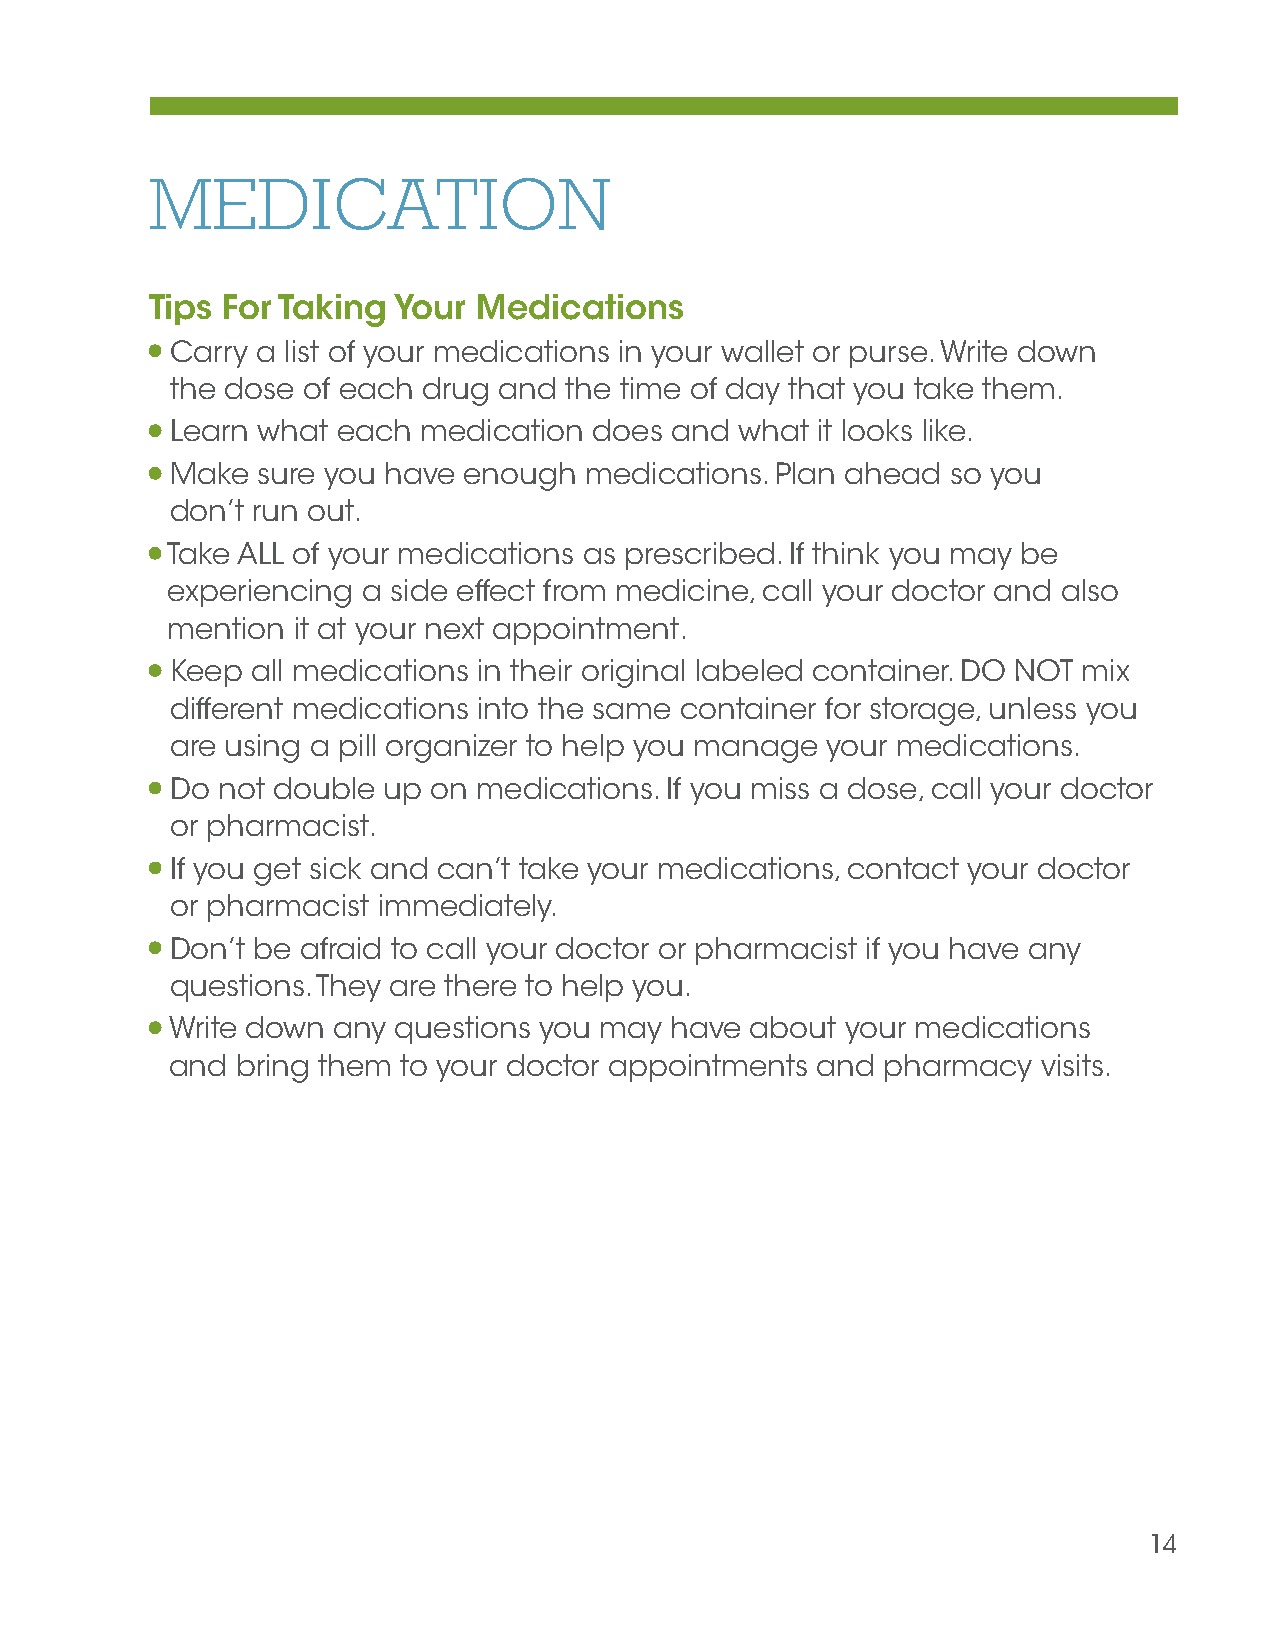
MEDICATION
 Tips For Taking Your  Medications
 Carry a list of your medications in your wallet or purse. Write down
 the dose of each drug and the time of day that you take them.
 Learn what each  medication does and  what it looks like.
 Make  sure you have enough  medications. Plan ahead so you
 don’t run out.
 Take ALL of your medications as prescribed. If think you may be
 experiencing a side effect from medicine, call your doctor and also
 mention it at your next appointment.
 Keep  all medications in their original labeled container. DO NOT mix
 different medications into the same container for storage, unless you
 are using a pill organizer to help you manage your medications.
 Do not double up  on medications. If you miss a dose, call your doctor
 or pharmacist.
 If you get sick and can’t take your medications, contact your doctor
 or pharmacist immediately.
 Don’t be afraid to call your doctor or pharmacist if you have any
 questions. They are there to help you.
 Write down any questions you may have  about your medications
 and  bring them to your doctor appointments and pharmacy  visits.
 14